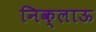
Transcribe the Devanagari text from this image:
निक्लाऊ